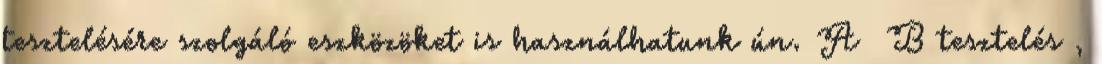
tesztelésére szolgáló eszközöket is használhatunk ún. A B tesztelés ,